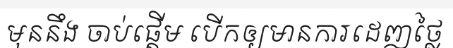
មុននឹង ចាប់ផ្តើម បើកឲ្យមានការដេញថ្លៃ